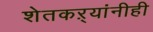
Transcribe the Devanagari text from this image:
शेतकऱ्यांनीही